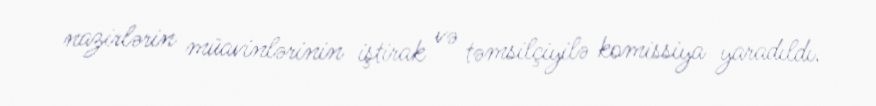
nazirlərin müavinlərinin iştirak və təmsilçiyilə komissiya yaradıldı.